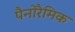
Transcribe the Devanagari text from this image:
पैनोरैमिक